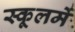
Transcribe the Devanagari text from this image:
स्कूलमें